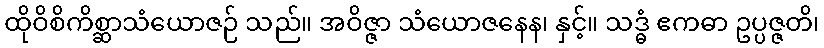
ထိုဝိစိကိစ္ဆာသံယောဇဉ် သည်။ အဝိဇ္ဇာ သံယောဇနေန၊ နှင့်။ သဒ္ဓံ ဧကဓာ ဥပ္ပဇ္ဇတိ၊